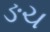
ઙચ